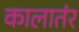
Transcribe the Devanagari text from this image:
कालातंर